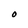
Character: O